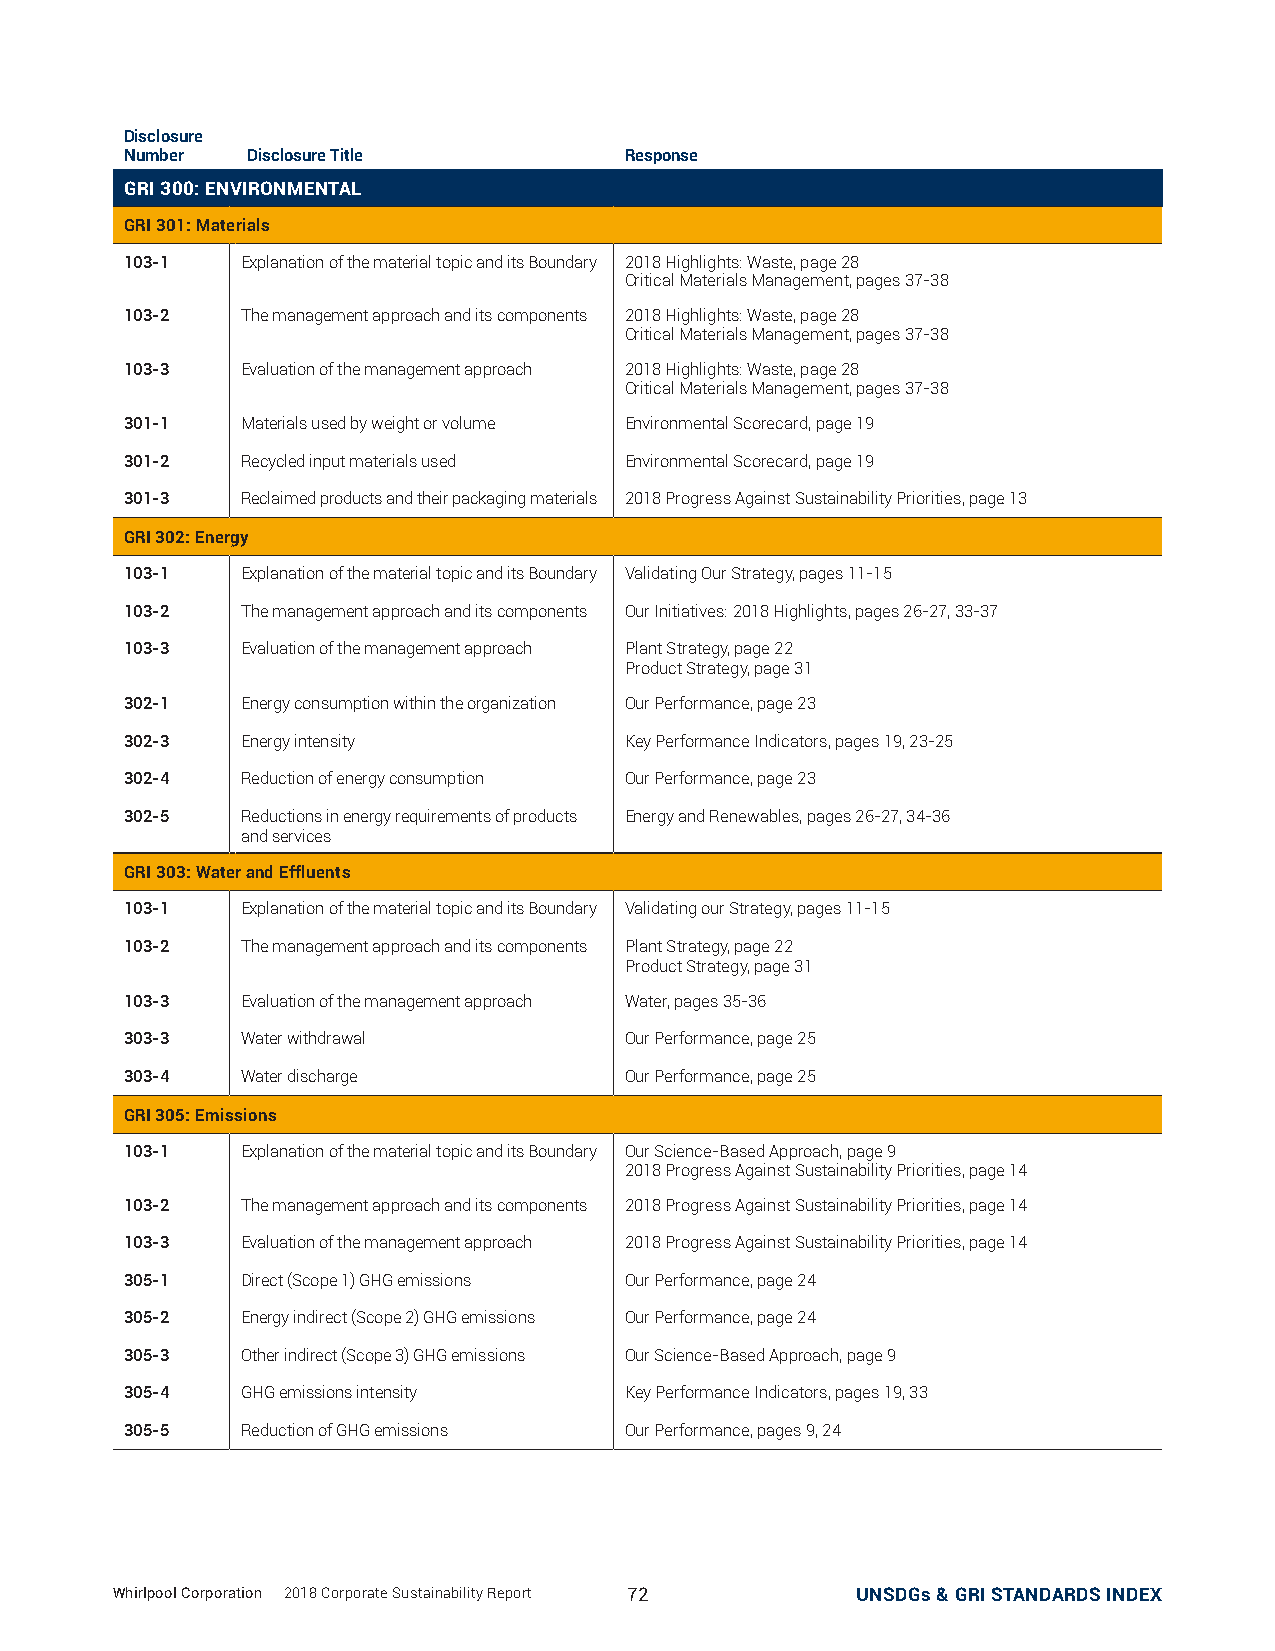
Disclosure
 Number  Disclosure Title         Response
 GRI 300: ENVIRONMENTAL
 GRI 301: Materials
 103-1   Explanation of the material topic and its Boundary 2018 Highlights: Waste, page 28
 Critical Materials Management, pages 37-38
 103-2   The management approach and its components 2018 Highlights: Waste, page 28
 Critical Materials Management, pages 37-38
 103-3   Evaluation of the management approach 2018 Highlights: Waste, page 28
 Critical Materials Management, pages 37-38
 301-1   Materials used by weight or volume Environmental Scorecard, page 19
 301-2   Recycled input materials used Environmental Scorecard, page 19
 301-3   Reclaimed products and their packaging materials 2018 Progress Against Sustainability Priorities, page 13
 GRI 302: Energy
 103-1   Explanation of the material topic and its Boundary Validating Our Strategy, pages 11-15
 103-2   The management approach and its components Our Initiatives: 2018 Highlights, pages 26-27, 33-37
 103-3   Evaluation of the management approach Plant Strategy, page 22
 Product Strategy, page 31
 302-1   Energy consumption within the organization Our Performance, page 23
 302-3   Energy intensity         Key Performance Indicators, pages 19, 23-25
 302-4   Reduction of energy consumption Our Performance, page 23
 302-5   Reductions in energy requirements of products Energy and Renewables, pages 26-27, 34-36
 and services
 GRI 303: Water and Effluents
 103-1   Explanation of the material topic and its Boundary Validating our Strategy, pages 11-15
 103-2   The management approach and its components Plant Strategy, page 22
 Product Strategy, page 31
 103-3   Evaluation of the management approach Water, pages 35-36
 303-3   Water withdrawal         Our Performance, page 25
 303-4   Water discharge          Our Performance, page 25
 GRI 305: Emissions
 103-1   Explanation of the material topic and its Boundary Our Science-Based Approach, page 9
 2018 Progress Against Sustainability Priorities, page 14
 103-2   The management approach and its components 2018 Progress Against Sustainability Priorities, page 14
 103-3   Evaluation of the management approach 2018 Progress Against Sustainability Priorities, page 14
 305-1   Direct (Scope 1) GHG emissions Our Performance, page 24
 305-2   Energy indirect (Scope 2) GHG emissions Our Performance, page 24
 305-3   Other indirect (Scope 3) GHG emissions Our Science-Based Approach, page 9
 305-4   GHG emissions intensity  Key Performance Indicators, pages 19, 33
 305-5   Reduction of GHG emissions Our Performance, pages 9, 24
 Whirlpool Corporation | 2018 Corporate Sustainability Report 72 UNSDGs & GRI STANDARDS INDEX